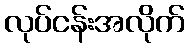
လုပ်ငန်းအလိုက်